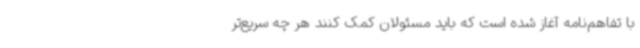
با تفاهم‌نامه آغاز شده است که باید مسئولان کمک کنند هر چه سریع‌تر